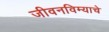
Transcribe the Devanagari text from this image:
जीवनविम्याचे